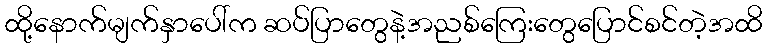
ထို့နောက်မျက်နှာပေါ်က ဆပ်ပြာတွေနဲ့အညစ်ကြေးတွေပြောင်စင်တဲ့အထိ